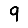
Digit: 9